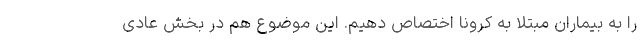
را به بیماران مبتلا به کرونا اختصاص دهیم. این موضوع هم در بخش عادی